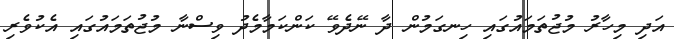
އަދި މިހާރު މުޖުތަމައުގައި ހިނގަމުން ދާ ނޭދެވޭ ކަންކަމާމެދު ވިސްނާ މުޖުތަމައުގައި އެކުވެރި